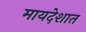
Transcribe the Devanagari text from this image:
मायदेशात